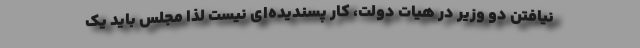
نیافتن دو وزیر در هیات دولت، کار پسندیده‌ای نیست لذا مجلس باید یک